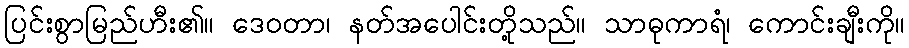
ပြင်းစွာမြည်ဟီး၏။ ဒေဝတာ၊ နတ်အပေါင်းတို့သည်။ သာဓုကာရံ၊ ကောင်းချီးကို။